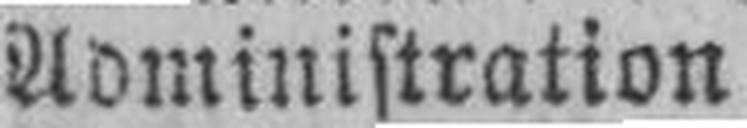
Administration